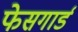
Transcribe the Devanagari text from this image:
फेसगार्ड